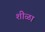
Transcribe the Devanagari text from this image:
शीळा